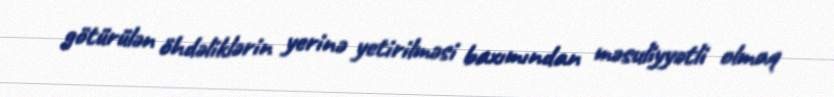
götürülən öhdəliklərin yerinə yetirilməsi baxımından məsuliyyətli olmaq